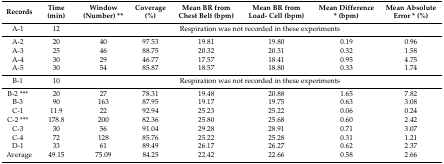
| Records | Time (min) | Window (Number) ** | Coverage (%) | Mean BR from Chest Belt (bpm) | Mean BR from Load- Cell (bpm) | Mean Difference * (bpm) | Mean Absolute Error * (%) |
 | --- | --- | --- | --- | --- | --- | --- | --- |
 | A-1 | 12 | <COLSPAN=6> Respiration was not recorded in these experiments |
 | A-2 | 20 | 40 | 97.53 | 19.81 | 19.80 | 0.19 | 0.96 |
 | A-3 | 25 | 46 | 88.75 | 20.32 | 20.31 | 0.32 | 1.58 |
 | A-4 | 30 | 29 | 46.77 | 17.57 | 18.41 | 0.95 | 4.75 |
 | A-5 | 30 | 54 | 85.87 | 18.57 | 18.80 | 0.33 | 1.74 |
 | B-1 | 10 | <COLSPAN=6> Respiration was not recorded in these experiments |
 | B-2 *** | 20 | 27 | 78.31 | 19.48 | 20.88 | 1.65 | 7.82 |
 | B-3 | 90 | 163 | 87.95 | 19.17 | 19.75 | 0.63 | 3.08 |
 | C-1 | 11.9 | 22 | 92.94 | 25.23 | 25.22 | 0.06 | 0.24 |
 | C-2 *** | 178.8 | 200 | 82.36 | 25.80 | 25.68 | 0.60 | 2.42 |
 | C-3 | 30 | 56 | 91.04 | 29.28 | 28.91 | 0.71 | 3.07 |
 | C-4 | 72 | 128 | 85.76 | 25.22 | 25.28 | 0.31 | 1.21 |
 | D-1 | 33 | 61 | 89.49 | 26.17 | 26.27 | 0.62 | 2.37 |
 | Average | 49.15 | 75.09 | 84.25 | 22.42 | 22.66 | 0.58 | 2.66 |